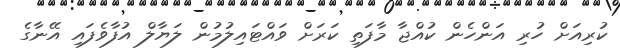
ކުރިއަށް ހުރި އަންހެން ކުއްޖާ މާފަތި ކަރަށް ވައްޓައިލުމުން ލަޔާލް އުފާވެފައި އޭނާގެ